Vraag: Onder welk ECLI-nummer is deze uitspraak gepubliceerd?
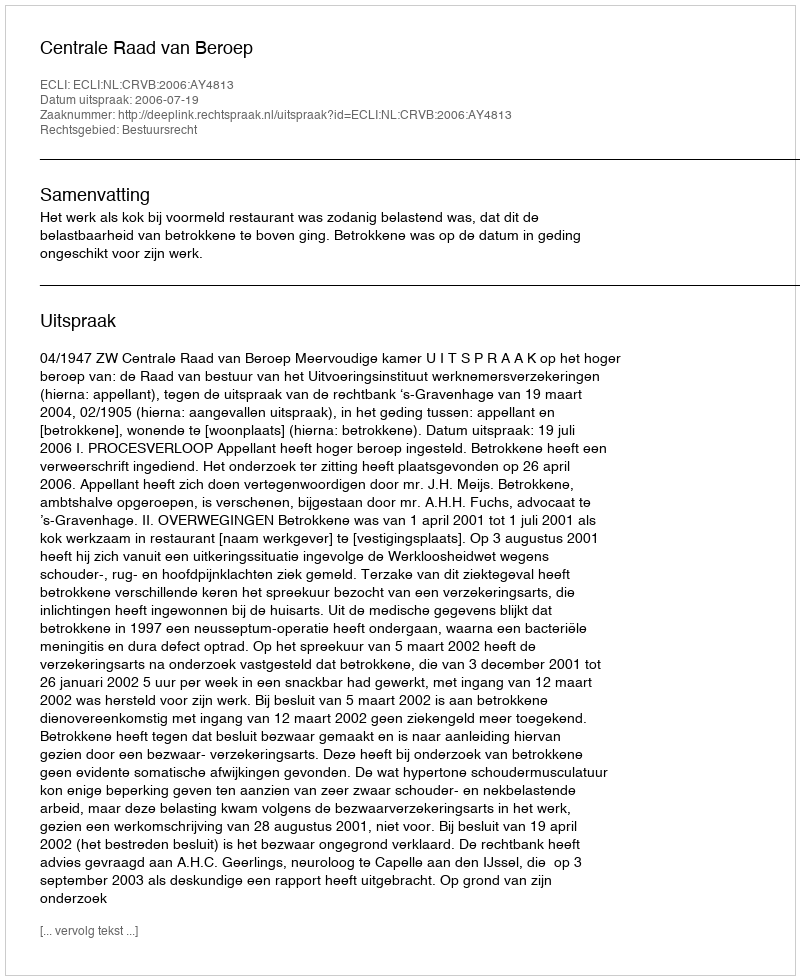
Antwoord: ECLI:NL:CRVB:2006:AY4813